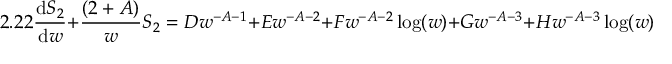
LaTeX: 2 . 2 2 \frac { \mathrm { d } S _ { 2 } } { \mathrm { d } w } + \frac { ( 2 + A ) } { w } S _ { 2 } = D w ^ { - A - 1 } + E w ^ { - A - 2 } + F w ^ { - A - 2 } \log ( w ) + G w ^ { - A - 3 } + H w ^ { - A - 3 } \log ( w ) \quad ,